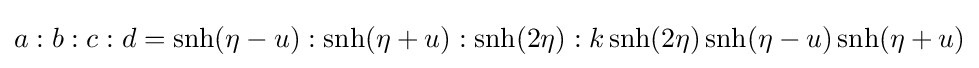
a:b:c:d=\operatorname {snh} (\eta -u):\operatorname {snh} (\eta +u):\operatorname {snh} (2\eta ):k\operatorname {snh} (2\eta )\operatorname {snh} (\eta -u)\operatorname {snh} (\eta +u)